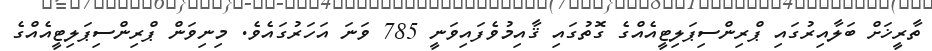
ތާރީޚަށް ބަލާއިރުގައި ޕްރިންސިޕަލިޓީއެއްގެ ގޮތުގައި ޤާއިމުވެފައިވަނީ 785 ވަނަ އަހަރުގައެވެ. މިނިވަން ޕްރިންސިޕަލިޓީއެއްގެ